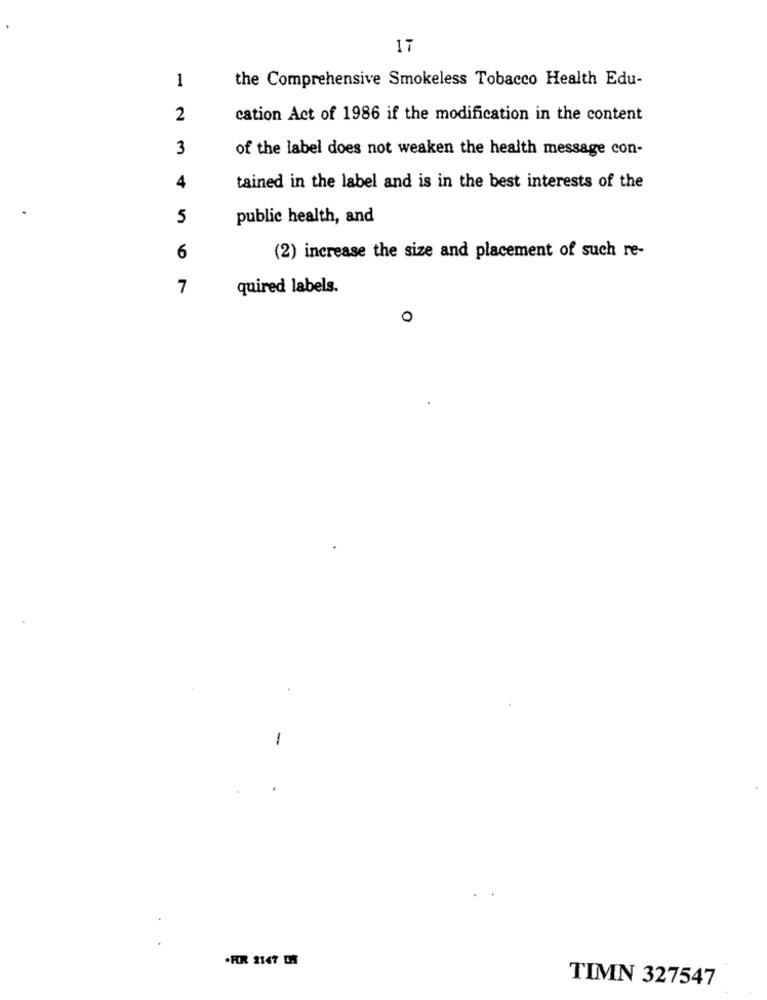
17
1
the Comprehensive Smokeless Tobacco Health Edu-
2
cation Act of 1986 if the modification in the content
3
of the label does not weaken the health message con-
4
tained in the label and is in the best interests of the
5
public health, and
6
(2) increase the size and placement of such re-
7
quired labels.
0
.FIR 2147 CHS
TIMN 327547